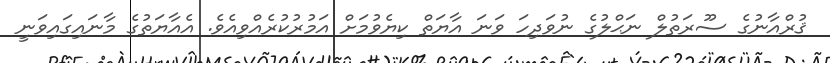
ޤުރްއާނުގެ ސޫރަތުލް ނަޙްލުގެ ނުވަދިހަ ވަނަ އާޔަތް ކިޔެވުމަށް އަމުރުކުރެއްވިއެވެ. އެއާޔަތުގެ މާނައިގައިވަނީ